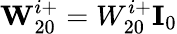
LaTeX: \textbf{W}_{20}^{i+}=W_{20}^{i+}\textbf{I}_{0}